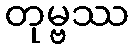
တုမ္ဗဿ